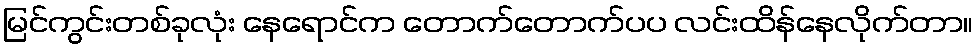
မြင်ကွင်းတစ်ခုလုံး နေရောင်က တောက်တောက်ပပ လင်းထိန်နေလိုက်တာ။